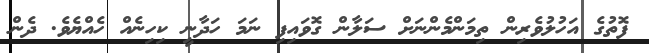
ފޮތުގެ އަހުލުވެރިން ތިމަންމެންނަށް ސަލާން ގޮވައިފި ނަމަ ހަދާނީ ކިހިނެއް ހެއްޔެވެ. ދެން